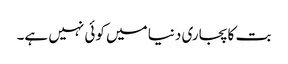
بت کا پجاری دنیا میں کوئی نہیں ہے۔